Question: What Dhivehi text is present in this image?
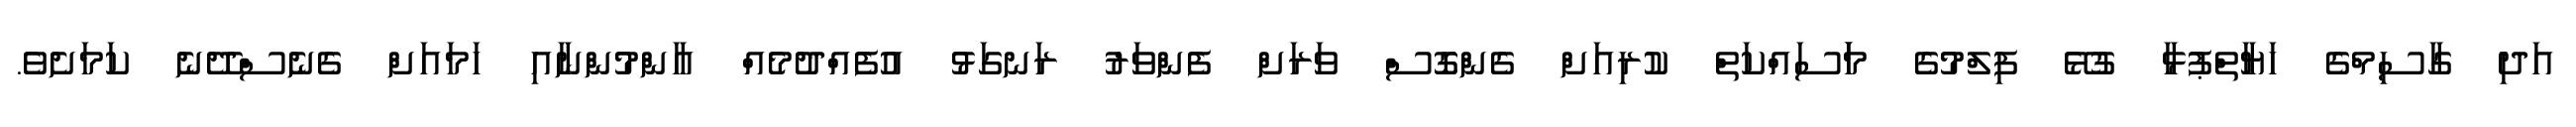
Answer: އަދި ގާސިމްގެ ހަޔާތްޕުޅާ ގުޅޭ ފިލްމުގެ މަަސައްކަތް ކުރިއަށް ގެންގޮސް ވަރަށް ފެންވަރު ރަނގަޅު އުފެއްދުމެއް އާންމުންނާއި ހަމައަށް ގެނެސްދޭނެ ކަމަށެވެ.